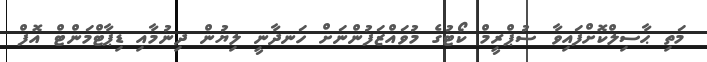
މަތި ޙާސިލްކޮށްފައިވާ ސުޕްރީމް ކޯޓުގެ މުވައްޒަފުންނަށް ހަނދާނީ ލިޔުން ދިނުމާއި ޑިޕާޓްމަންޓް އޮފް